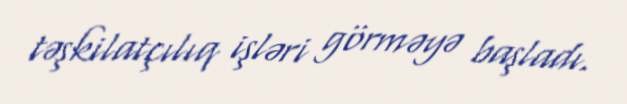
təşkilatçılıq işləri görməyə başladı.